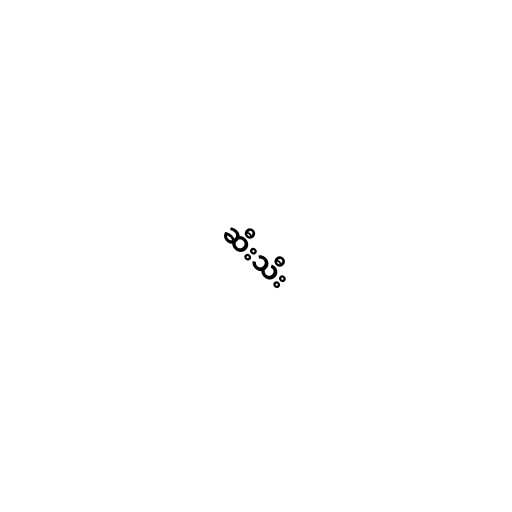
ဆီးသီး